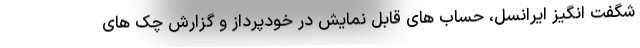
شگفت انگیز ایرانسل، حساب های قابل نمایش در خودپرداز و گزارش چک های